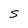
Character: S